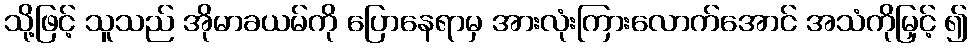
သို့ဖြင့် သူသည် အိုမာခယမ်ကို ပြောနေရာမှ အားလုံးကြားလောက်အောင် အသံကိုမြှင့် ၍